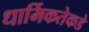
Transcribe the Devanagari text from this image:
धार्मिकतेकडे